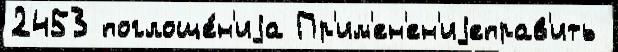
2453 поглоще́н'иjа Пр'им'ен'ен'иjеправ'ить